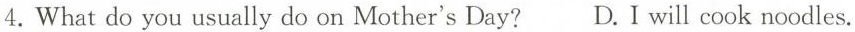
4.What do you usually do on Mother's Day? D.I will cook noodles.